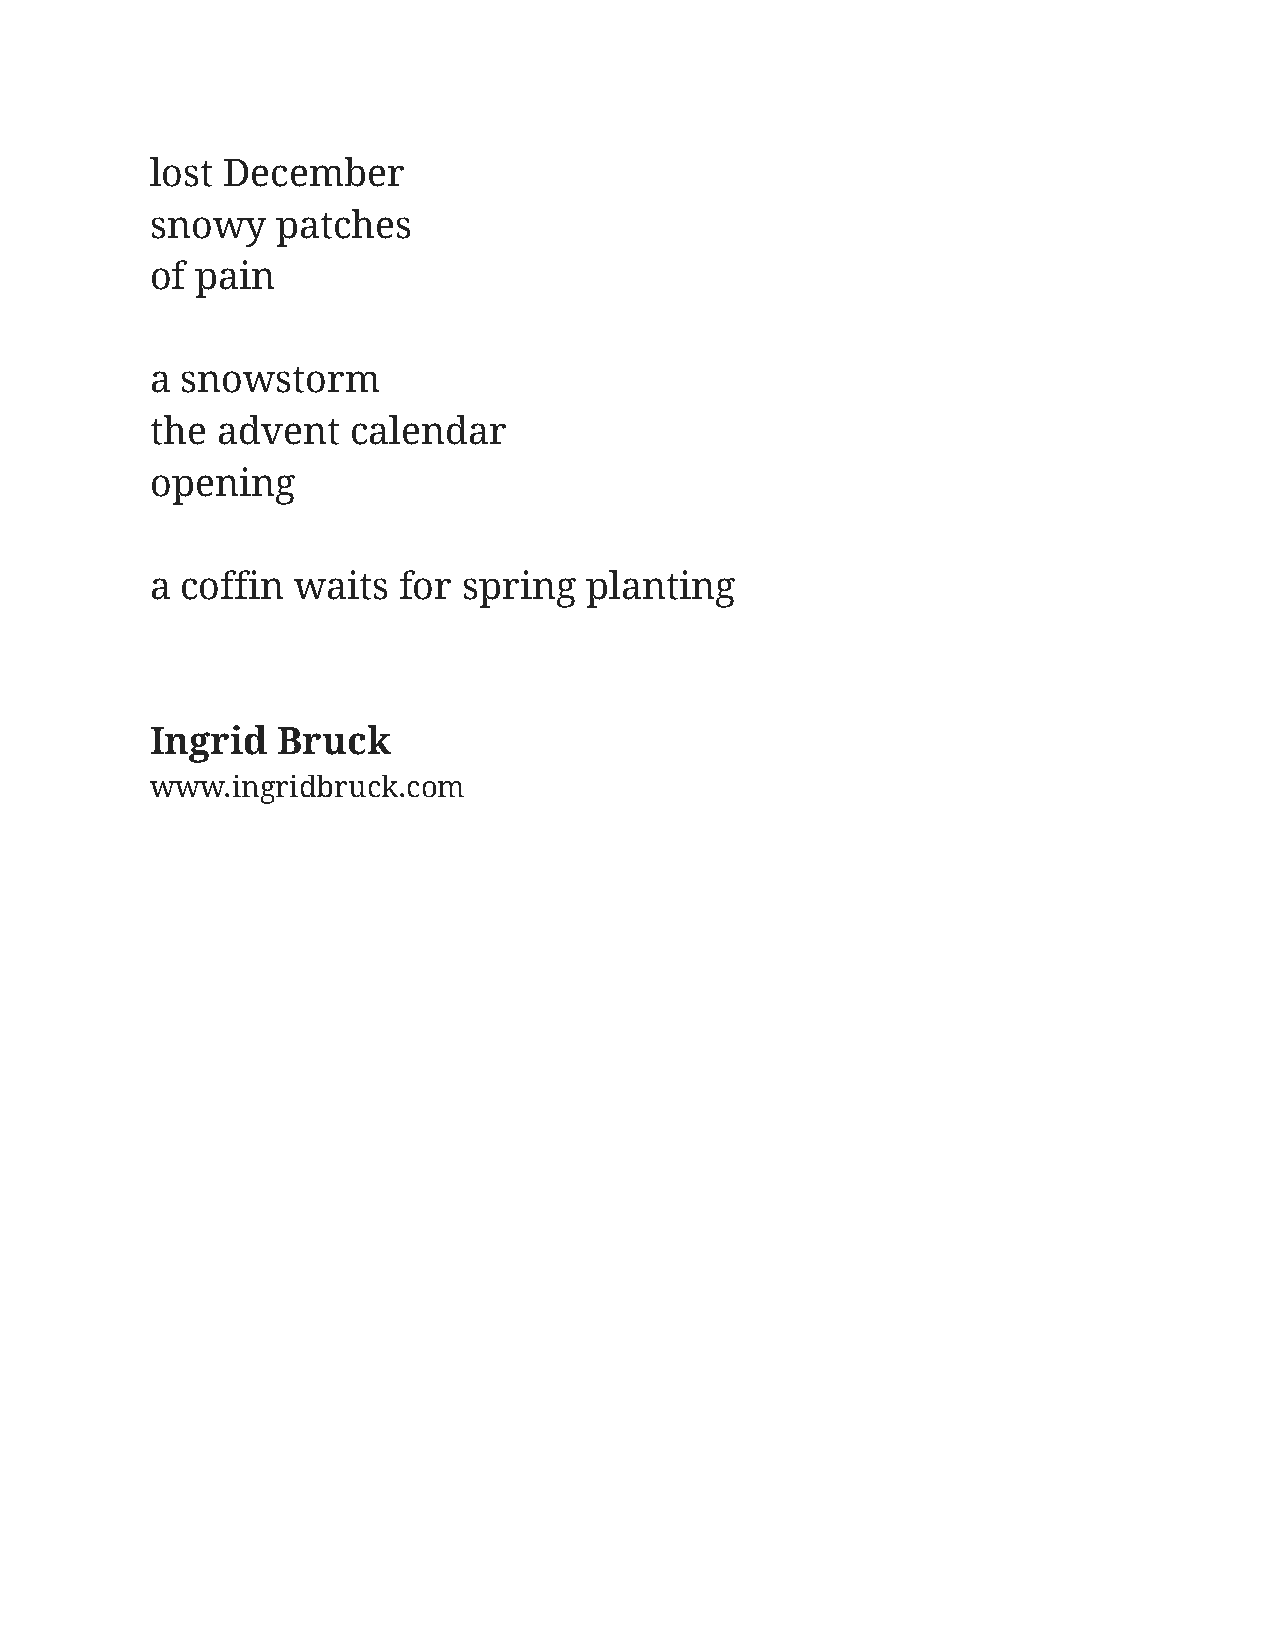
lost December
 snowy   patches
 of pain
 a snowstorm
 the advent   calendar
 opening
 a coffin  waits for  spring  planting
 Ingrid  Bruck
 www.ingridbruck.com